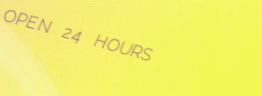
OPEN 24 HOURS